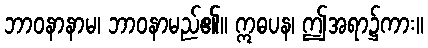
ဘာဝနာနာမ၊ ဘာဝနာမည်၏။ ဣဓပန၊ ဤအရာ၌ကား။